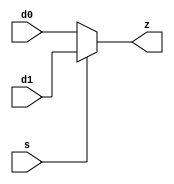
`timescale 1ns / 1ps



module mux_2to1(s, d0, d1, z);

input s, d0, d1;
output z;

assign z = s ? d1 : d0;
endmodule